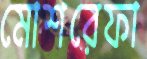
মোশরেফা